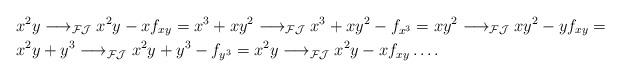
LaTeX: \begin{align*} & x^2y\longrightarrow_{\mathcal{FJ}} x^2y-xf_{xy}= x^3+xy^2 \longrightarrow_{\mathcal{FJ}} x^3+xy^2-f_{x^3}= xy^2 \longrightarrow_{\mathcal{FJ}} xy^2-yf_{xy}= \\& x^2y+y^3 \longrightarrow_{\mathcal{FJ}} x^2y+y^3-f_{y^3}=x^2y \longrightarrow_{\mathcal{FJ}} x^2y-xf_{xy}\dots .\end{align*}